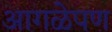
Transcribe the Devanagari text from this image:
आगळेपण